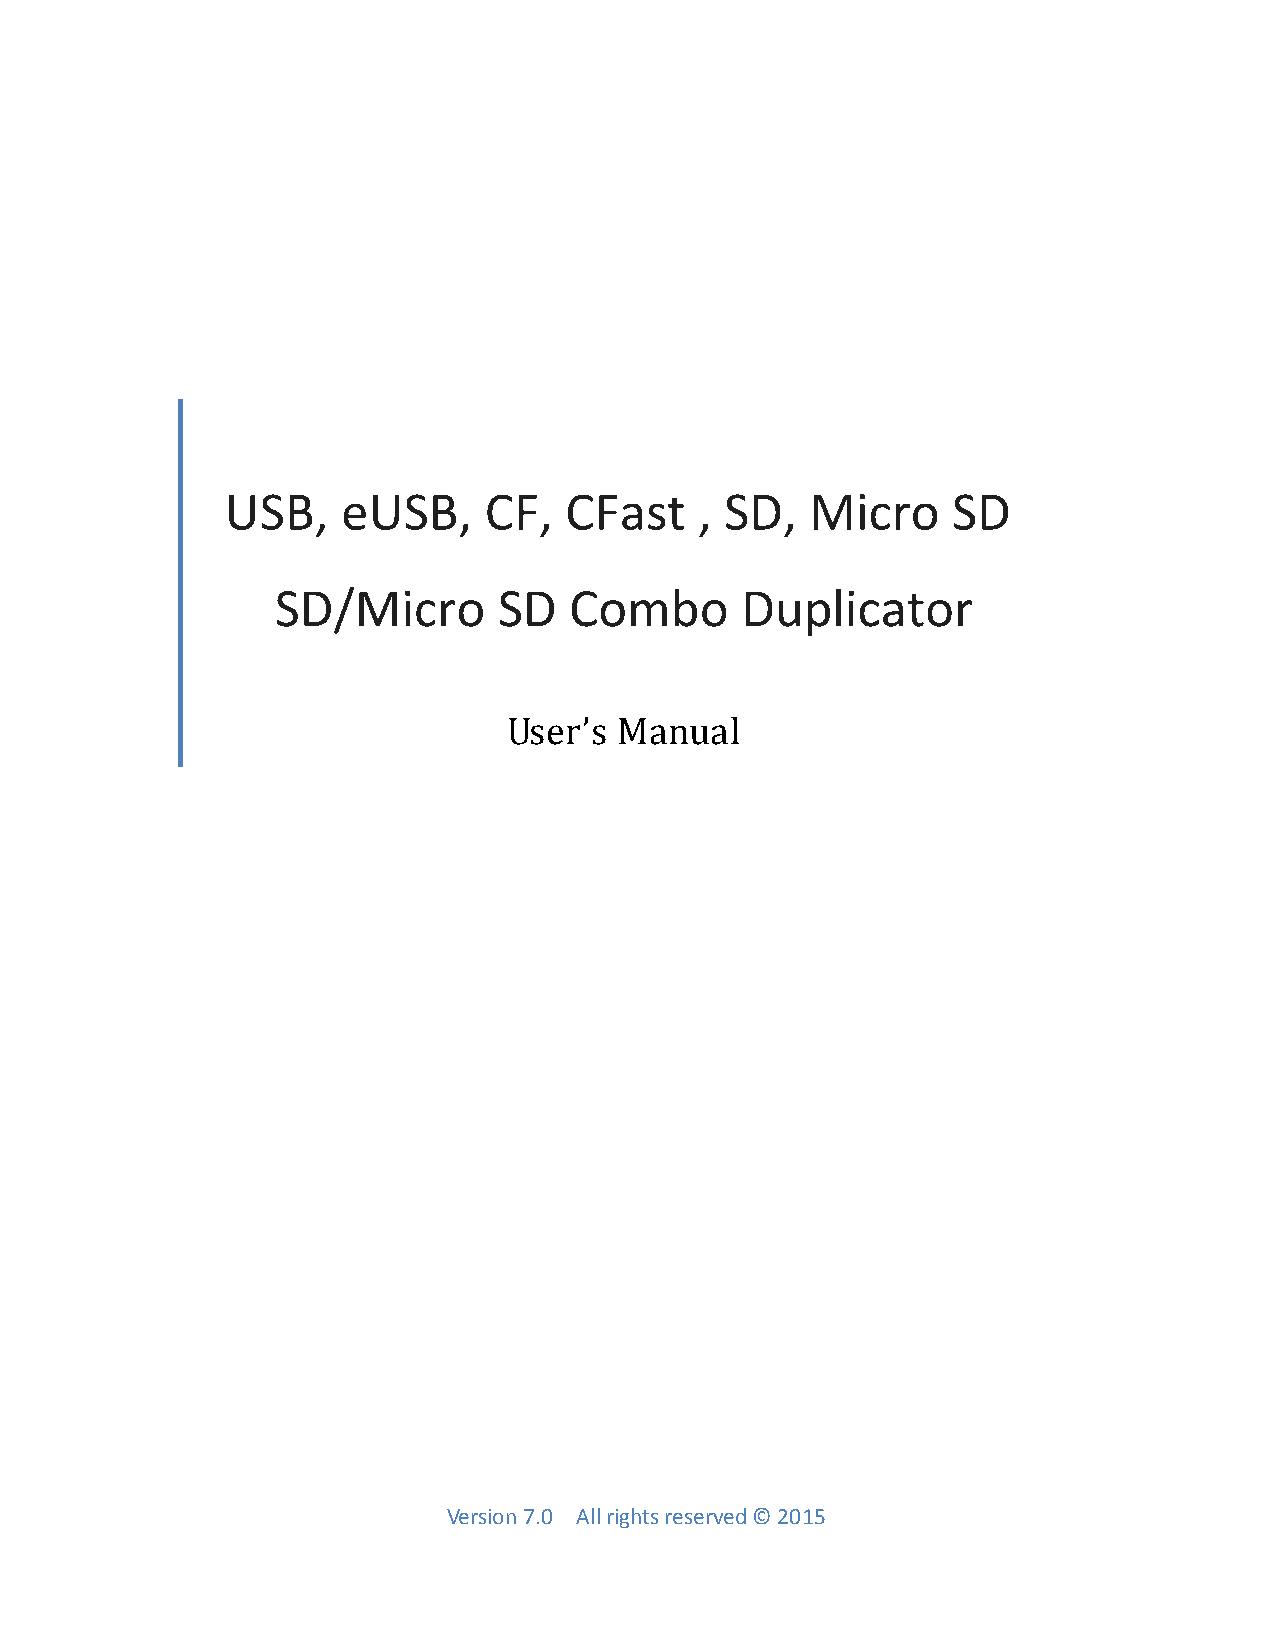
USB,    eUSB,    CF,  CFast    , SD,   Micro    SD
 SD/Micro       SD   Combo      Duplicator
 User’s Manual
 Version 7.0 All rights reserved © 2015